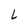
Character: L